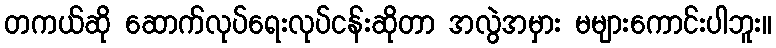
တကယ်ဆို ဆောက်လုပ်ရေးလုပ်ငန်းဆိုတာ အလွဲအမှား မများကောင်းပါဘူး။